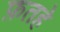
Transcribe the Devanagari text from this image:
फ़तहे